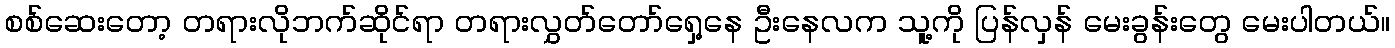
စစ်ဆေးတော့ တရားလိုဘက်ဆိုင်ရာ တရားလွှတ်တော်ရှေ့နေ ဦးနေလက သူ့ကို ပြန်လှန် မေးခွန်းတွေ မေးပါတယ်။